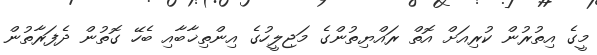
މީގެ އިތުރުން ކުރިއަށް އޮތް ރައްޔިތުންގެ މަޖިލީހުގެ އިންތިޚާބާއި ބެހޭ ގޮތުން ދެފަރާތުން